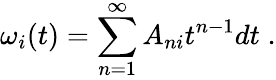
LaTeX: \omega_{i}(t)=\sum_{n=1}^{\infty}A_{ni}t^{n-1}dt\; .